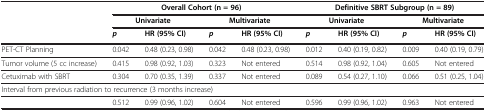
<table><thead><tr><td>[EMPTY_CELL]</td><td colspan="4"><b>Overall Cohort (n = 96)</b></td><td colspan="4"><b>Definitive SBRT Subgroup (n = 89)</b></td></tr><tr><td>[EMPTY_CELL]</td><td colspan="2"><b>Univariate</b></td><td colspan="2"><b>Multivariate</b></td><td colspan="2"><b>Univariate</b></td><td colspan="2"><b>Multivariate</b></td></tr><tr><td>[EMPTY_CELL]</td><td><b><i>p</i></b></td><td><b>HR (95% CI)</b></td><td><b><i>p</i></b></td><td><b>HR (95% CI)</b></td><td><b><i>p</i></b></td><td><b>HR (95% CI)</b></td><td><b><i>p</i></b></td><td><b>HR (95% CI)</b></td></tr></thead><tbody><tr><td>PET-CT Planning</td><td>0.042</td><td>0.48 (0.23, 0.98)</td><td>0.042</td><td>0.48 (0.23, 0.98)</td><td>0.012</td><td>0.40 (0.19, 0.82)</td><td>0.009</td><td>0.40 (0.19, 0.79)</td></tr><tr><td>Tumor volume (5 cc increase)</td><td>0.415</td><td>0.98 (0.92, 1.03)</td><td>0.323</td><td>Not entered</td><td>0.514</td><td>0.98 (0.92, 1.04)</td><td>0.605</td><td>Not entered</td></tr><tr><td>Cetuximab with SBRT</td><td>0.304</td><td>0.70 (0.35, 1.39)</td><td>0.337</td><td>Not entered</td><td>0.089</td><td>0.54 (0.27, 1.10)</td><td>0.066</td><td>0.51 (0.25, 1.04)</td></tr><tr><td colspan="9">Interval from previous radiation to recurrence (3 months increase)</td></tr><tr><td>[EMPTY_CELL]</td><td>0.512</td><td>0.99 (0.96, 1.02)</td><td>0.604</td><td>Not entered</td><td>0.596</td><td>0.99 (0.96, 1.02)</td><td>0.963</td><td>Not entered</td></tr></tbody></table>